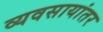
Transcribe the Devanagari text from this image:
व्यवसायांतर